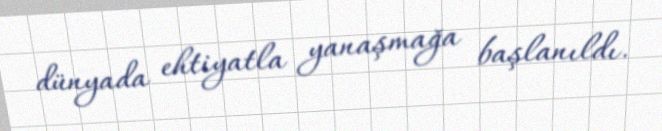
dünyada ehtiyatla yanaşmağa başlanıldı.